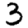
Digit: 3